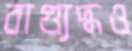
বাগ্যুদ্ধও